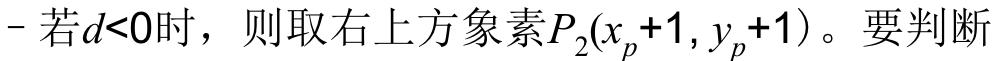
- 若$d<0$时，则取右上方像素$P_{2}(x_{p}+1,y_{p}+1)$。要判断